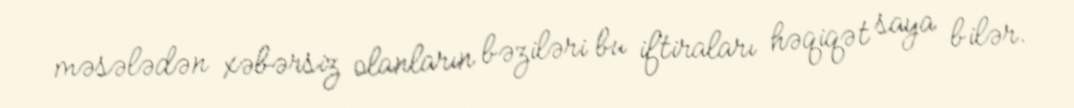
məsələdən xəbərsiz olanların bəziləri bu iftiraları həqiqət saya bilər.